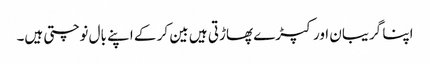
اپنا گریبان اور کپڑے پھاڑتی ہیں بین کر کے اپنے بال نوچتی ہیں۔